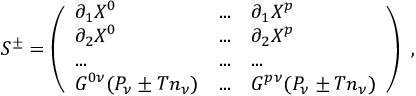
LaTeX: S ^ { \pm } = \left( \begin{array} { l l l } { { \partial _ { 1 } X ^ { 0 } } } & { { . . . } } & { { \partial _ { 1 } X ^ { p } } } \\ { { \partial _ { 2 } X ^ { 0 } } } & { { . . . } } & { { \partial _ { 2 } X ^ { p } } } \\ { { . . . } } & { { . . . } } & { { . . . } } \\ { { G ^ { 0 \nu } ( P _ { \nu } \pm T n _ { \nu } ) } } & { { . . . } } & { { G ^ { p \nu } ( P _ { \nu } \pm T n _ { \nu } ) } } \end{array} \right) \ ,